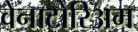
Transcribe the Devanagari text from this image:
वेनाटोरिअम